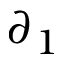
\partial _ { 1 }